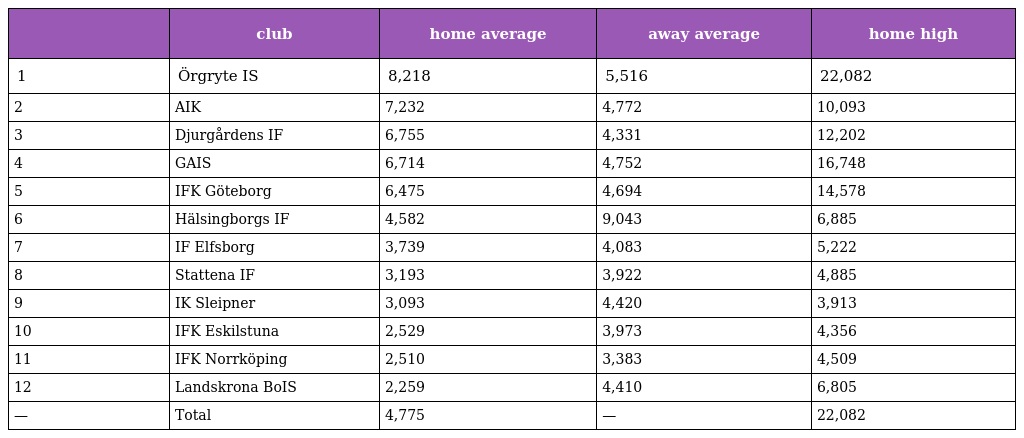
|  | club | home average | away average | home high |
 | --- | --- | --- | --- | --- |
 | 1 | Örgryte IS | 8,218 | 5,516 | 22,082 |
 | 2 | AIK | 7,232 | 4,772 | 10,093 |
 | 3 | Djurgårdens IF | 6,755 | 4,331 | 12,202 |
 | 4 | GAIS | 6,714 | 4,752 | 16,748 |
 | 5 | IFK Göteborg | 6,475 | 4,694 | 14,578 |
 | 6 | Hälsingborgs IF | 4,582 | 9,043 | 6,885 |
 | 7 | IF Elfsborg | 3,739 | 4,083 | 5,222 |
 | 8 | Stattena IF | 3,193 | 3,922 | 4,885 |
 | 9 | IK Sleipner | 3,093 | 4,420 | 3,913 |
 | 10 | IFK Eskilstuna | 2,529 | 3,973 | 4,356 |
 | 11 | IFK Norrköping | 2,510 | 3,383 | 4,509 |
 | 12 | Landskrona BoIS | 2,259 | 4,410 | 6,805 |
 | — | Total | 4,775 | — | 22,082 |